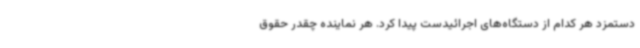
دستمزد هر کدام از دستگاه‌های اجرائیدست پیدا کرد. هر نماینده چقدر حقوق